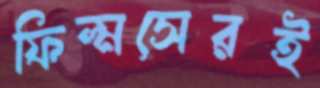
ফিল্মসেরই